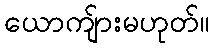
ယောကျ်ားမဟုတ်။